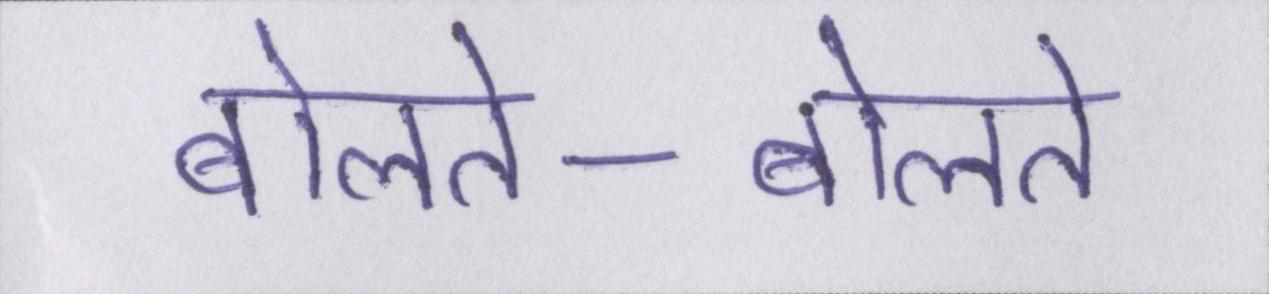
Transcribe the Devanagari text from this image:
बोलते-बोलते